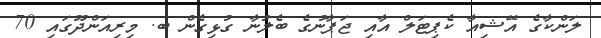
ލަންކާގެ އޭޝިއާ ކެޕިޓަލް އާއި ޖަޕާނުގެ ބެލުނާ ގުޅިގެން ބ. މިރިއަންދޫގައި 70